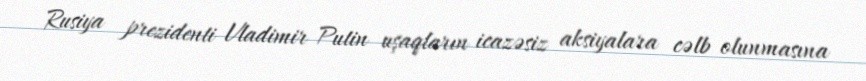
Rusiya prezidenti Vladimir Putin uşaqların icazəsiz aksiyalara cəlb olunmasına